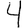
Digit: 4